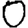
Digit: 0